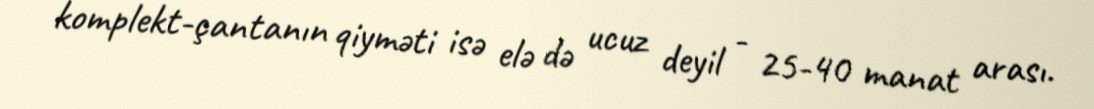
komplekt-çantanın qiyməti isə elə də ucuz deyil - 25-40 manat arası.